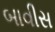
બાવીસ